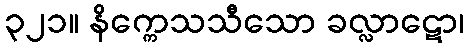
၃၂၁။ နိက္ကေသသီသော ခလ္လာဋော၊